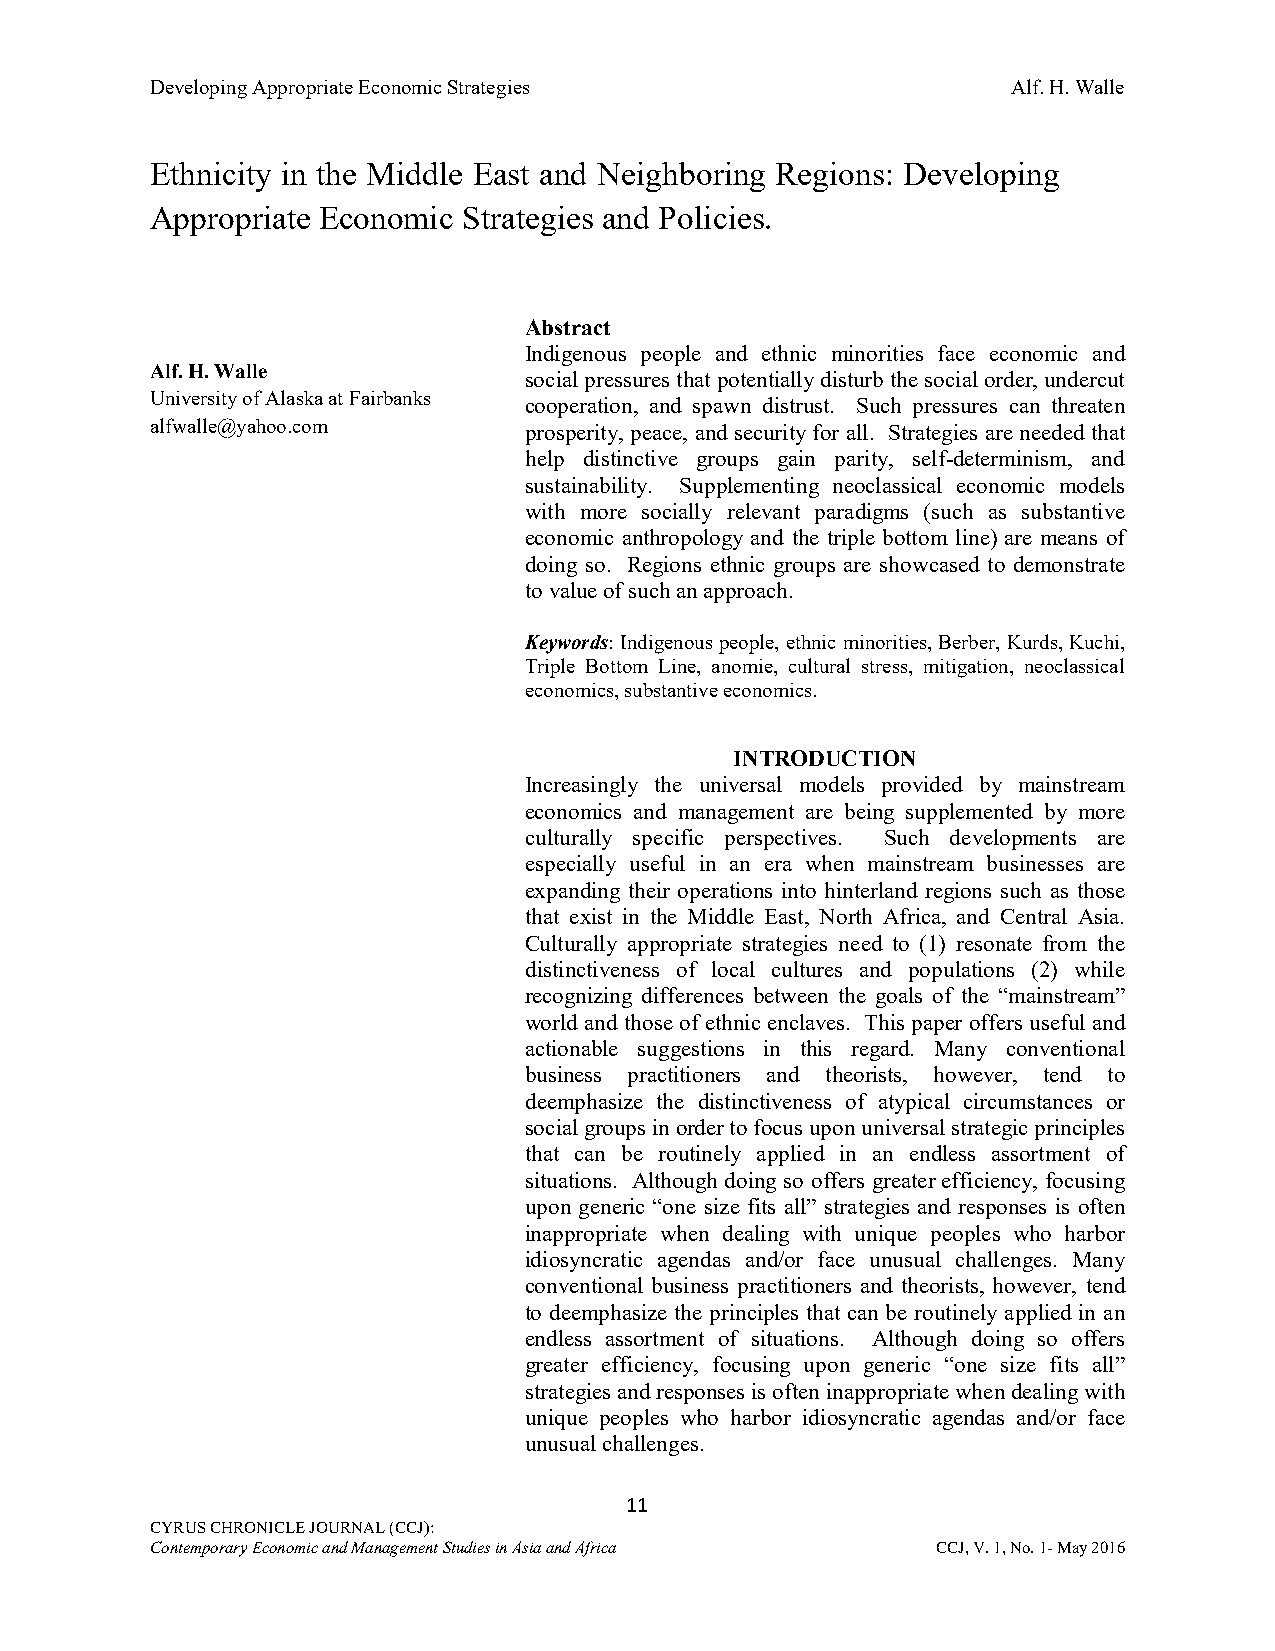
Developing Appropriate Economic Strategies               Alf. H. Walle
 Ethnicity in the Middle East and Neighboring Regions: Developing
 Appropriate Economic Strategies and Policies.
 Abstract
 Indigenous people and ethnic minorities face economic and
 Alf. H. Walle
 social pressures that potentially disturb the social order, undercut
 University of Alaska at Fairbanks cooperation, and spawn distrust. Such pressures can threaten
 alfwalle@yahoo.com       prosperity, peace, and security for all. Strategies are needed that
 help distinctive groups gain parity, self-determinism, and
 sustainability. Supplementing neoclassical economic models
 with more socially relevant paradigms (such as substantive
 economic anthropology and the triple bottom line) are means of
 doing so. Regions ethnic groups are showcased to demonstrate
 to value of such an approach.
 Keywords: Indigenous people, ethnic minorities, Berber, Kurds, Kuchi,
 Triple Bottom Line, anomie, cultural stress, mitigation, neoclassical
 economics, substantive economics.
 INTRODUCTION
 Increasingly the universal models provided by mainstream
 economics and management are being supplemented by more
 culturally specific perspectives. Such developments are
 especially useful in an era when mainstream businesses are
 expanding their operations into hinterland regions such as those
 that exist in the Middle East, North Africa, and Central Asia.
 Culturally appropriate strategies need to (1) resonate from the
 distinctiveness of local cultures and populations (2) while
 recognizing differences between the goals of the “mainstream”
 world and those of ethnic enclaves. This paper offers useful and
 actionable suggestions in this regard. Many conventional
 business practitioners and theorists, however, tend to
 deemphasize the distinctiveness of atypical circumstances or
 social groups in order to focus upon universal strategic principles
 that can be routinely applied in an endless assortment of
 situations. Although doing so offers greater efficiency, focusing
 upon generic “one size fits all” strategies and responses is often
 inappropriate when dealing with unique peoples who harbor
 idiosyncratic agendas and/or face unusual challenges. Many
 conventional business practitioners and theorists, however, tend
 to deemphasize the principles that can be routinely applied in an
 endless assortment of situations. Although doing so offers
 greater efficiency, focusing upon generic “one size fits all”
 strategies and responses is often inappropriate when dealing with
 unique peoples who harbor idiosyncratic agendas and/or face
 unusual challenges.
 11
 CYRUS CHRONICLE JOURNAL (CCJ):
 Contemporary Economic and Management Studies in Asia and Africa CCJ, V. 1, No. 1- May 2016